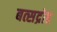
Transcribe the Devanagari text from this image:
बत्सद्रोह